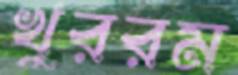
খুররম